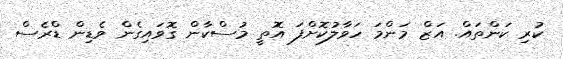
ކުރި ކަންތައް. އަޒް މަންމަ ހަވާލުކޮށްފަ އޮތީ މުސްކާން ގޮވައިގެން ވެޑިން ޑްރެސް